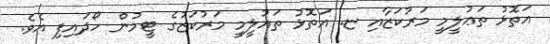
އަތޮޅު ތަޢުލީމީ މަރުކަޒާއި ޏ. އަތޮޅު ތައުލީމީ މަރުކަޒުގެ ޓީމުން ހޯދައިފި އެވެ.